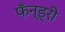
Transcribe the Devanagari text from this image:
फँन्ड्री